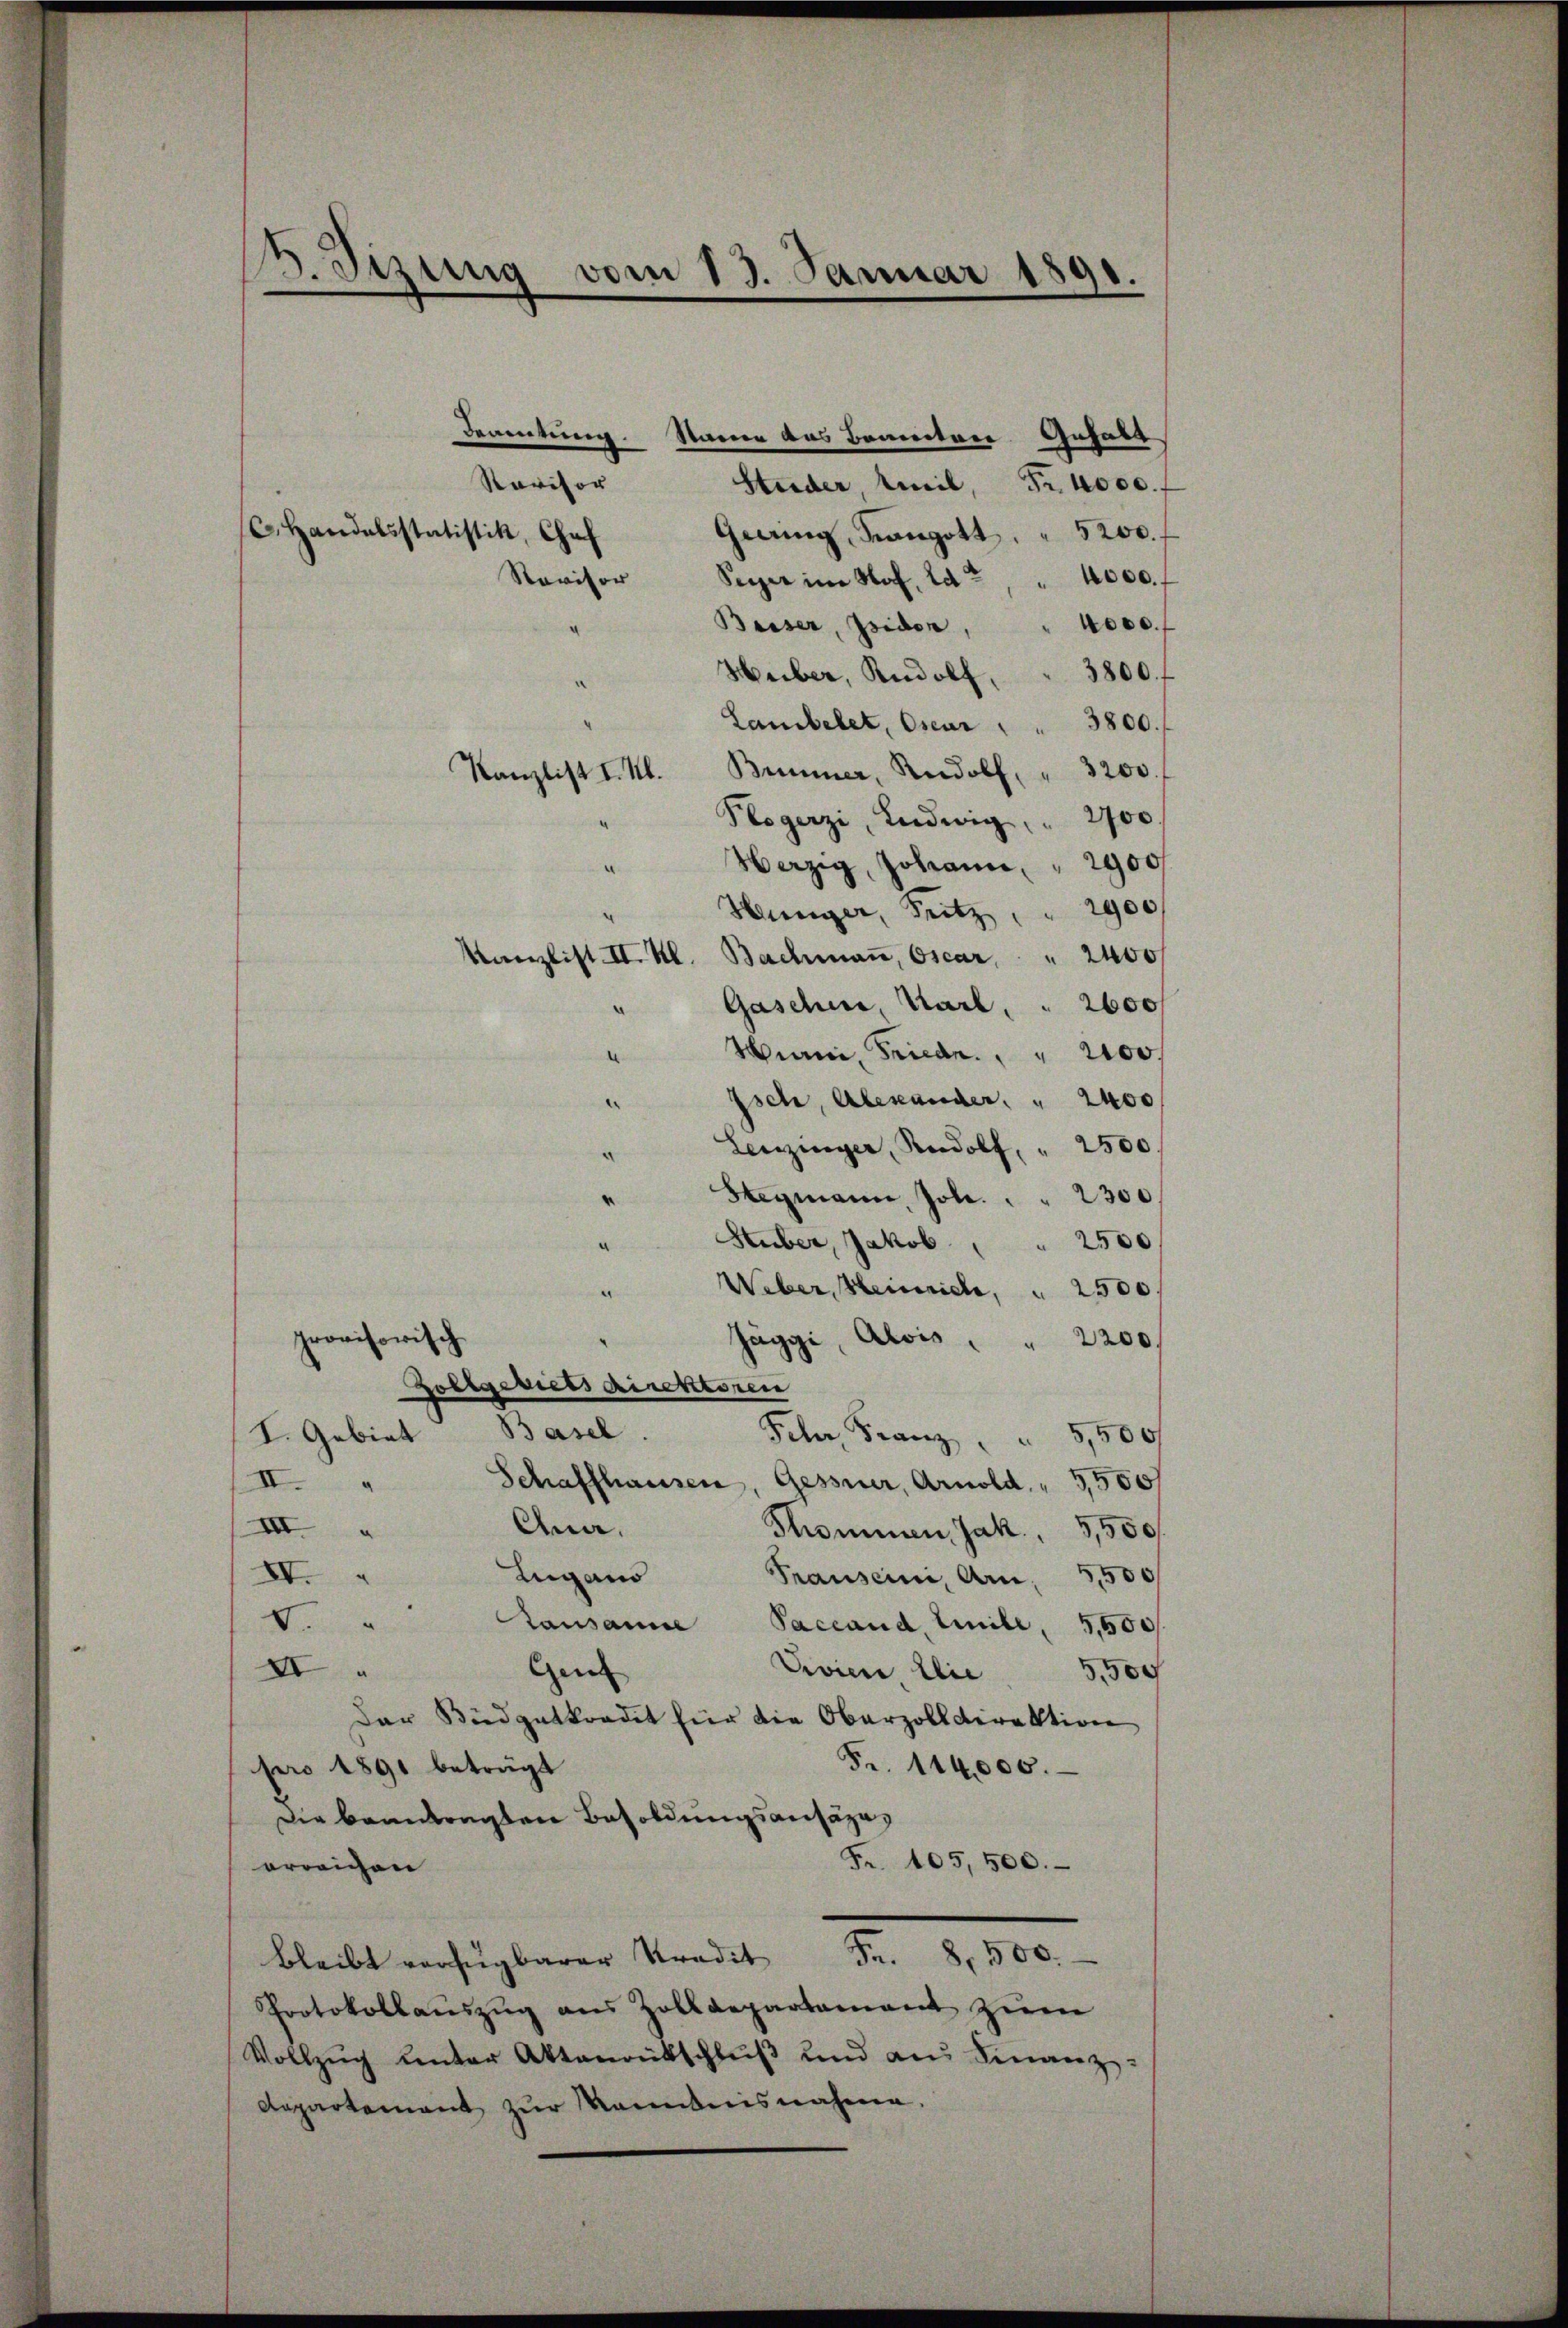
2. Sizung vom 13. Januar 1891.

Ravisor
C. Handelsstatistik, Chef
“
¬
.

Brandung.
Starren das Beamten Gehalt
Studer, Emil Fr. 4000.
Geding, Kangott, " 5200.
Ravisor Sipper im Hof, lat, " 4000. f
Basser, Zeiden,
Heiber, Rudolf " 3800. f
Lanbelet, Oser " " 3800.
Kanzlist I. Kl. Brunner, Rudolf " 3200.
Plogerzi, Ludwig " 2700.
Herzig, Johann, " 2900
Hünger, Sitz " " 2900
Kanzlist II. Kl. Bachmaṅ, Oscar " 2400
Gaschie, Karl . . 2600
Muri, Fried. 2100
Isch, Alexander " 2400
.
Leuzinger, Rudolf, " 2500
¬
Stegmann, Joh. " " 2300.
Stuber, Jakob
2500
a
Weber, Heinrich,  2500
.
provisorisch
Jäggi, Alois
2200.
.
Zollgebiets direktoren
Basel.
I. Gebiet
Feher Franz,
5,500
Schaffhausen, Gessner, Arnold " 5,500f
II.
Ana.
III
Thommen Jak 5,500
Lugano
IV.
Prausein, Anm. 5500
V.
Lausanne Paceand, Eile, 5,500.
Gen
I
Vevier Elie 5,500
Dar Budgetkredit für die Oberzolldirektion
Fr. 114,000.
pro 1891 beträgt
Die beantragten Besoldungsansäze¬
Fr. 405,500.
erreichen
bleibt verfügbarer Tradit Fr. 8,500.
Protokollauszug aus Zolldepartement zum
Vollzŭg ŭnter Aktenrütschluß und am Finanz-
Departement zur Kenntnisnahme,

.